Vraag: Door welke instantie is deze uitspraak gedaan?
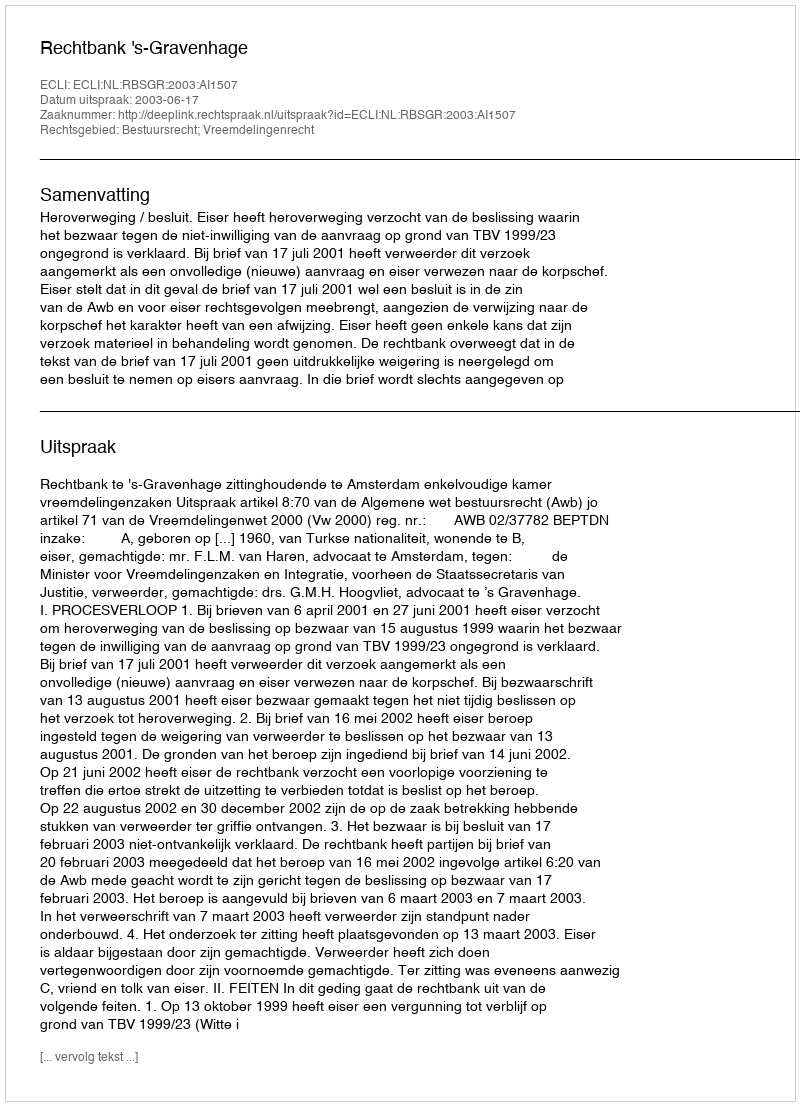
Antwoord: Rechtbank 's-Gravenhage